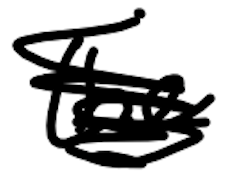
Text: the
Cross-out: scratch
Writing tool: digital_black